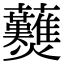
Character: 𧆋